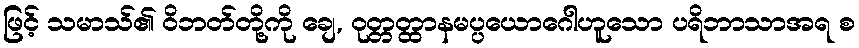
ဖြင့် သမာသ်၏ ဝိဘတ်တို့ကို ချေ, ဝုတ္တတ္ထာနမပ္ပယောဂေါဟူသော ပရိဘာသာအရ စ